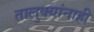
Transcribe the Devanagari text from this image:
तालुक्यांनाही